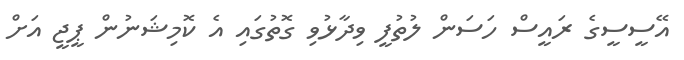
އޭސީސީގެ ރައީސް ހަސަން ލުތުފީ ވިދާޅުވި ގޮތުގައި އެ ކޮމިޝަނުން ޕީޖީ އަށް